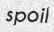
spoil